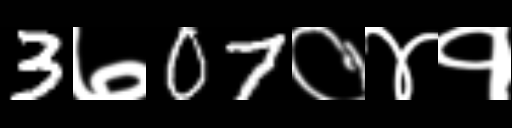
Text: 3७07०४१